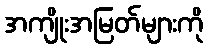
အကျိုးအမြတ်များကို